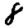
Digit: 8